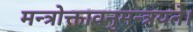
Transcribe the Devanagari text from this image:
मन्त्रोक्तावनुमन्त्रयते।